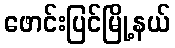
ဖောင်းပြင်မြို့နယ်